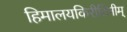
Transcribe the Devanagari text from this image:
हिमालयकिरीटिनीम्